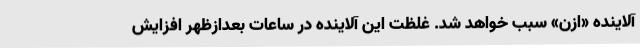
آلاینده «ازن» سبب خواهد شد. غلظت این آلاینده در ساعات بعدازظهر افزایش